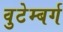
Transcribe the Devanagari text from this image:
वुटेम्बर्ग